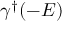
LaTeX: \gamma ^ { \dagger } ( - E )